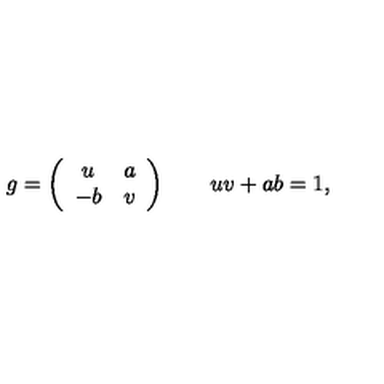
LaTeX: g = \left( \begin{array} { c c } { u } & { a } \\ { - b } & { v } \\ \end{array} \right) \qquad u v + a b = 1 ,